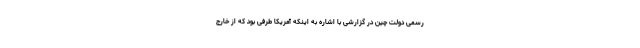
رسمی دولت چین در گزارشی با اشاره به اینکه آمریکا طرفی بود که از خارج